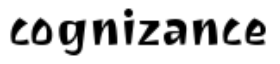
cognizance